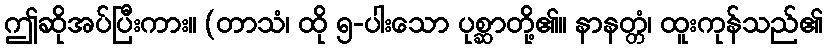
ဤဆိုအပ်ပြီးကား။ (တာသံ၊ ထို ၅-ပါးသော ပုစ္ဆာတို့၏။ နာနတ္တံ၊ ထူးကုန်သည်၏